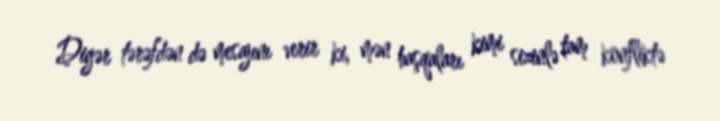
Digər tərəfdən də mesajını verir ki, mən başqaları kimi sizinlə tam konfliktə